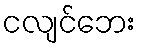
ငလျင်ဘေး